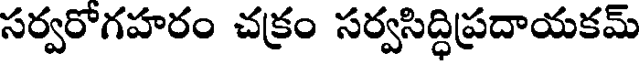
సర్వరోగహరం చక్రం సర్వసిద్ధిప్రదాయకమ్